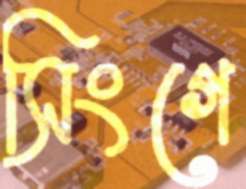
সিংগে